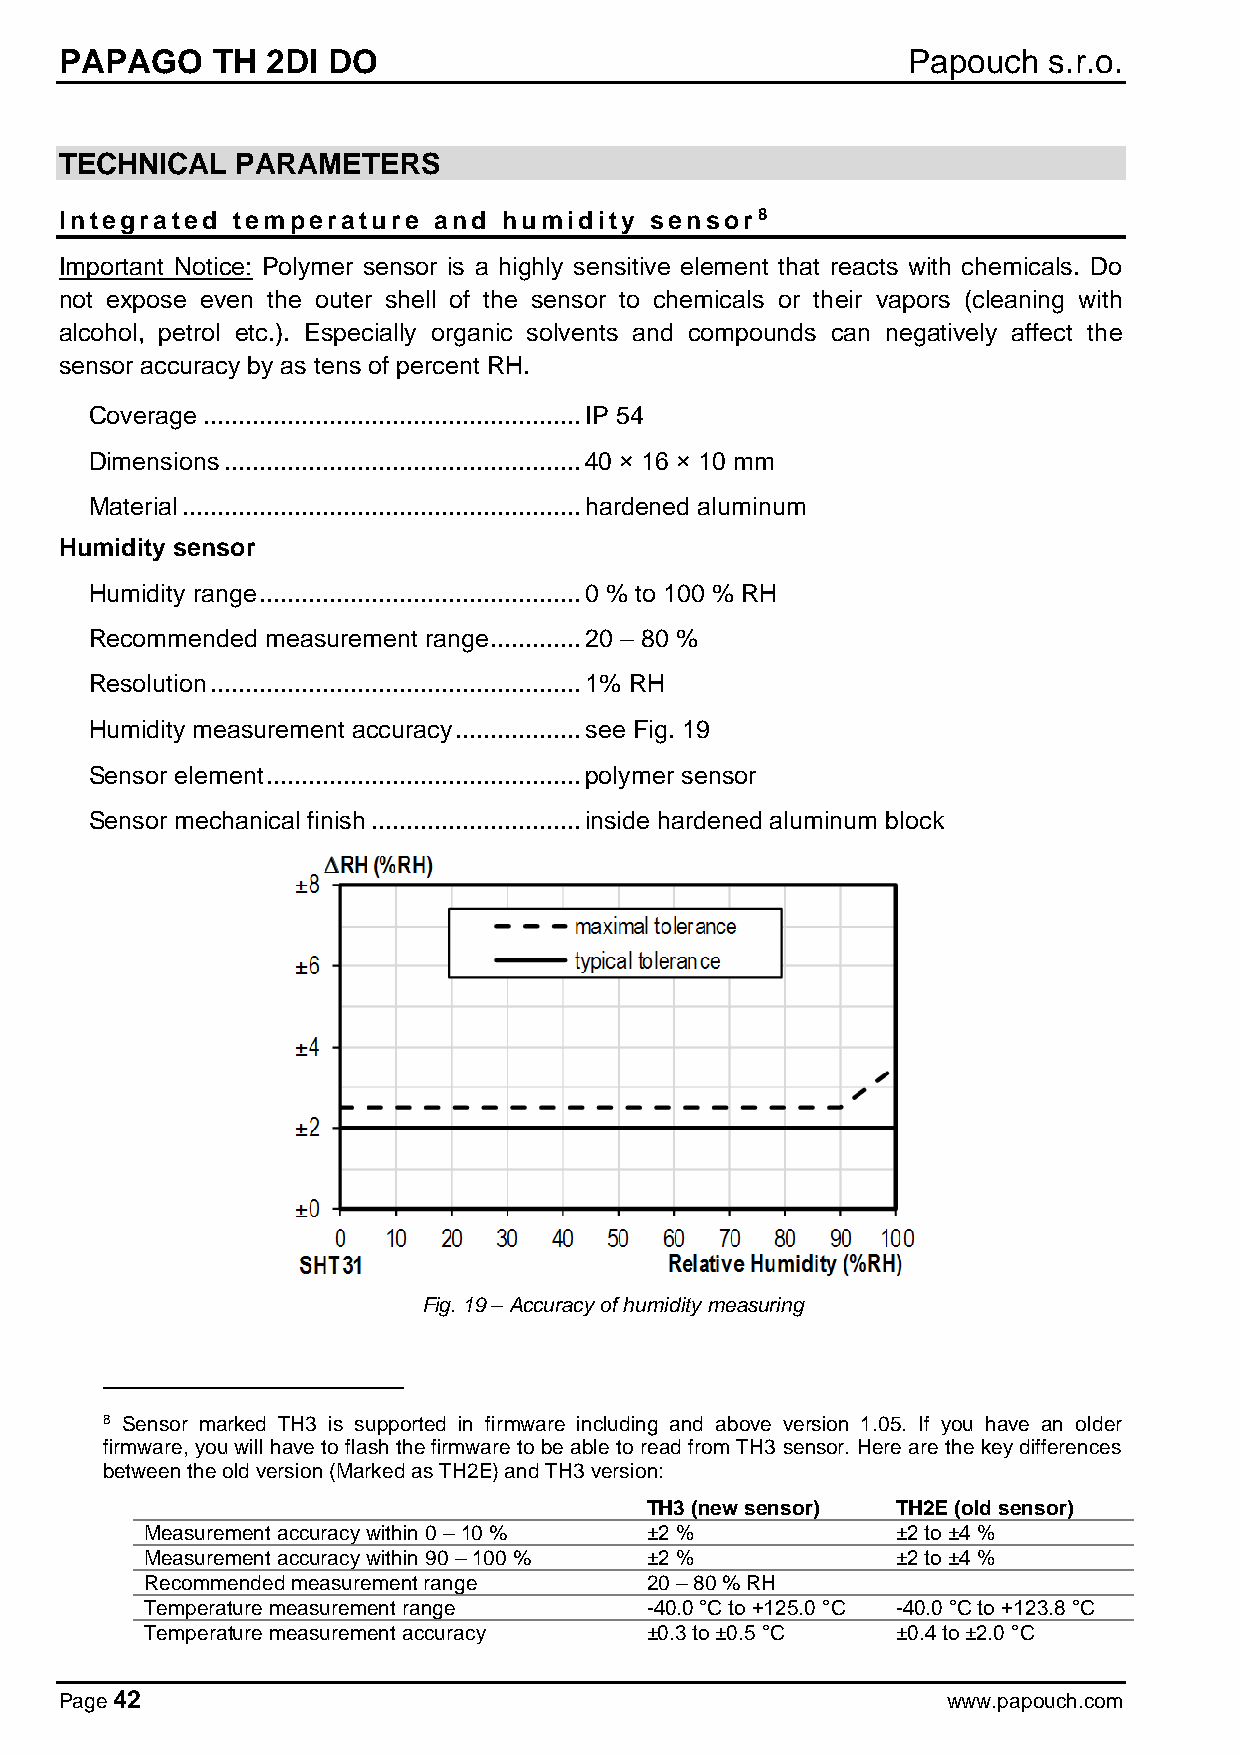
PAPAGO    TH  2DI DO                                    Papouch  s.r.o.
 TECHNICAL   PARAMETERS
 Integrated temperature   and humidity  sensor8
 Important Notice: Polymer sensor is a highly sensitive element that reacts with chemicals. Do
 not expose even the outer shell of the sensor to chemicals or their vapors (cleaning with
 alcohol, petrol etc.). Especially organic solvents and compounds can negatively affect the
 sensor accuracy by as tens of percent RH.
 Coverage ...................................................... IP 54
 Dimensions ................................................... 40 × 16 × 10 mm
 Material ......................................................... hardened aluminum
 Humidity sensor
 Humidity range .............................................. 0 % to 100 % RH
 Recommended measurement range ............. 20 – 80 %
 Resolution ..................................................... 1% RH
 Humidity measurement accuracy .................. see Fig. 19
 Sensor element ............................................. polymer sensor
 Sensor mechanical finish .............................. inside hardened aluminum block
 Fig. 19 – Accuracy of humidity measuring
 8 Sensor marked TH3 is supported in firmware including and above version 1.05. If you have an older
 firmware, you will have to flash the firmware to be able to read from TH3 sensor. Here are the key differences
 between the old version (Marked as TH2E) and TH3 version:
 TH3 (new sensor) TH2E (old sensor)
 Measurement accuracy within 0 – 10 % ±2 %        ±2 to ±4 %
 Measurement accuracy within 90 – 100 % ±2 %      ±2 to ±4 %
 Recommended measurement range    20 – 80 % RH
 Temperature measurement range    -40.0 °C to +125.0 °C -40.0 °C to +123.8 °C
 Temperature measurement accuracy ±0.3 to ±0.5 °C ±0.4 to ±2.0 °C
 Page 42                                                    www.papouch.com